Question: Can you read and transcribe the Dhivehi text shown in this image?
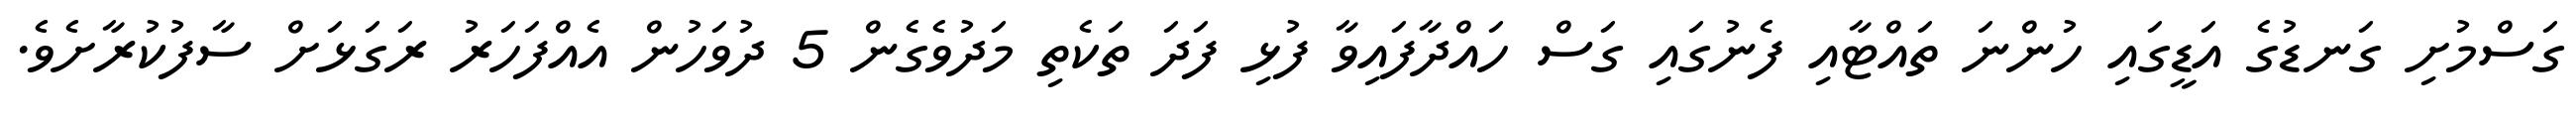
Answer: ގަސްމުށި ގަނޑުގެ އަޑީގައި ހުންނަ ތައްޓާއި ފެނުގައި ގަސް ހައްދާފައިވާ ފުޅި ފަދަ ތަކެތި މަދުވެގެން 5 ދުވަހުން އެއްފަހަރު ރަގަޅަށް ސާފުކުރާށެވެ.